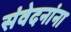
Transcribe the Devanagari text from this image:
संवेदनांना